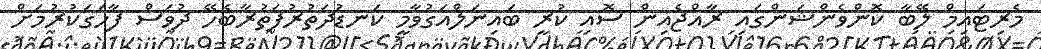
މެރިޓައިމް ލޭބާ ކޮންވެންޝަންގައި ރާއްޖެއިން ސޮއި ކުރީ ބައިނަލްއަގުވާމީ ކަނޑުދަތުރުފަތުރާބެހޭ ދުވަސް ފާހަގަކުރުމަށް